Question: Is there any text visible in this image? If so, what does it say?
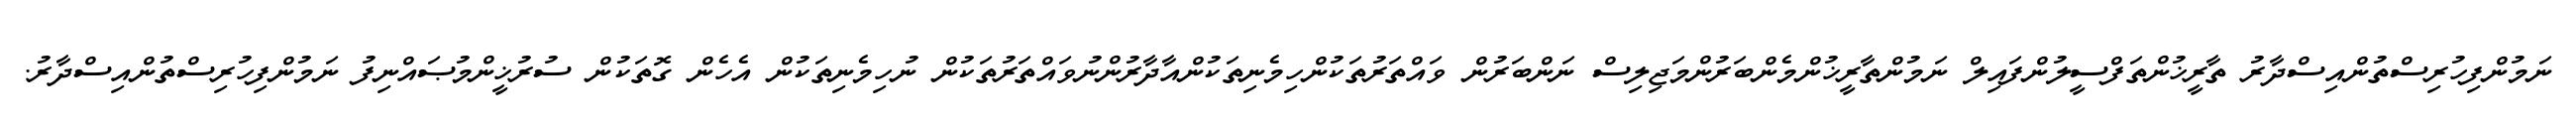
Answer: ނަމުންފިހުރިސްތުންއިސްދާރު ތާރީޚުންތަފްސީލުންފައިލް ނަމުންތާރީޚުންމެންބަރުންމަޖިލިސް ނަންބަރުން ވައްތަރުތަކުންހިމެނިތަކުންއާދާރުންނުވައްތަރުތަކުން ނުހިމެނިތަކުން އެހެން ގޮތަކުން ސުރުޚީންމުޞައްނިފު ނަމުންފިހުރިސްތުންއިސްދާރު.